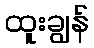
ထူးချွန်